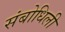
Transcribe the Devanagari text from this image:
संबोधिली